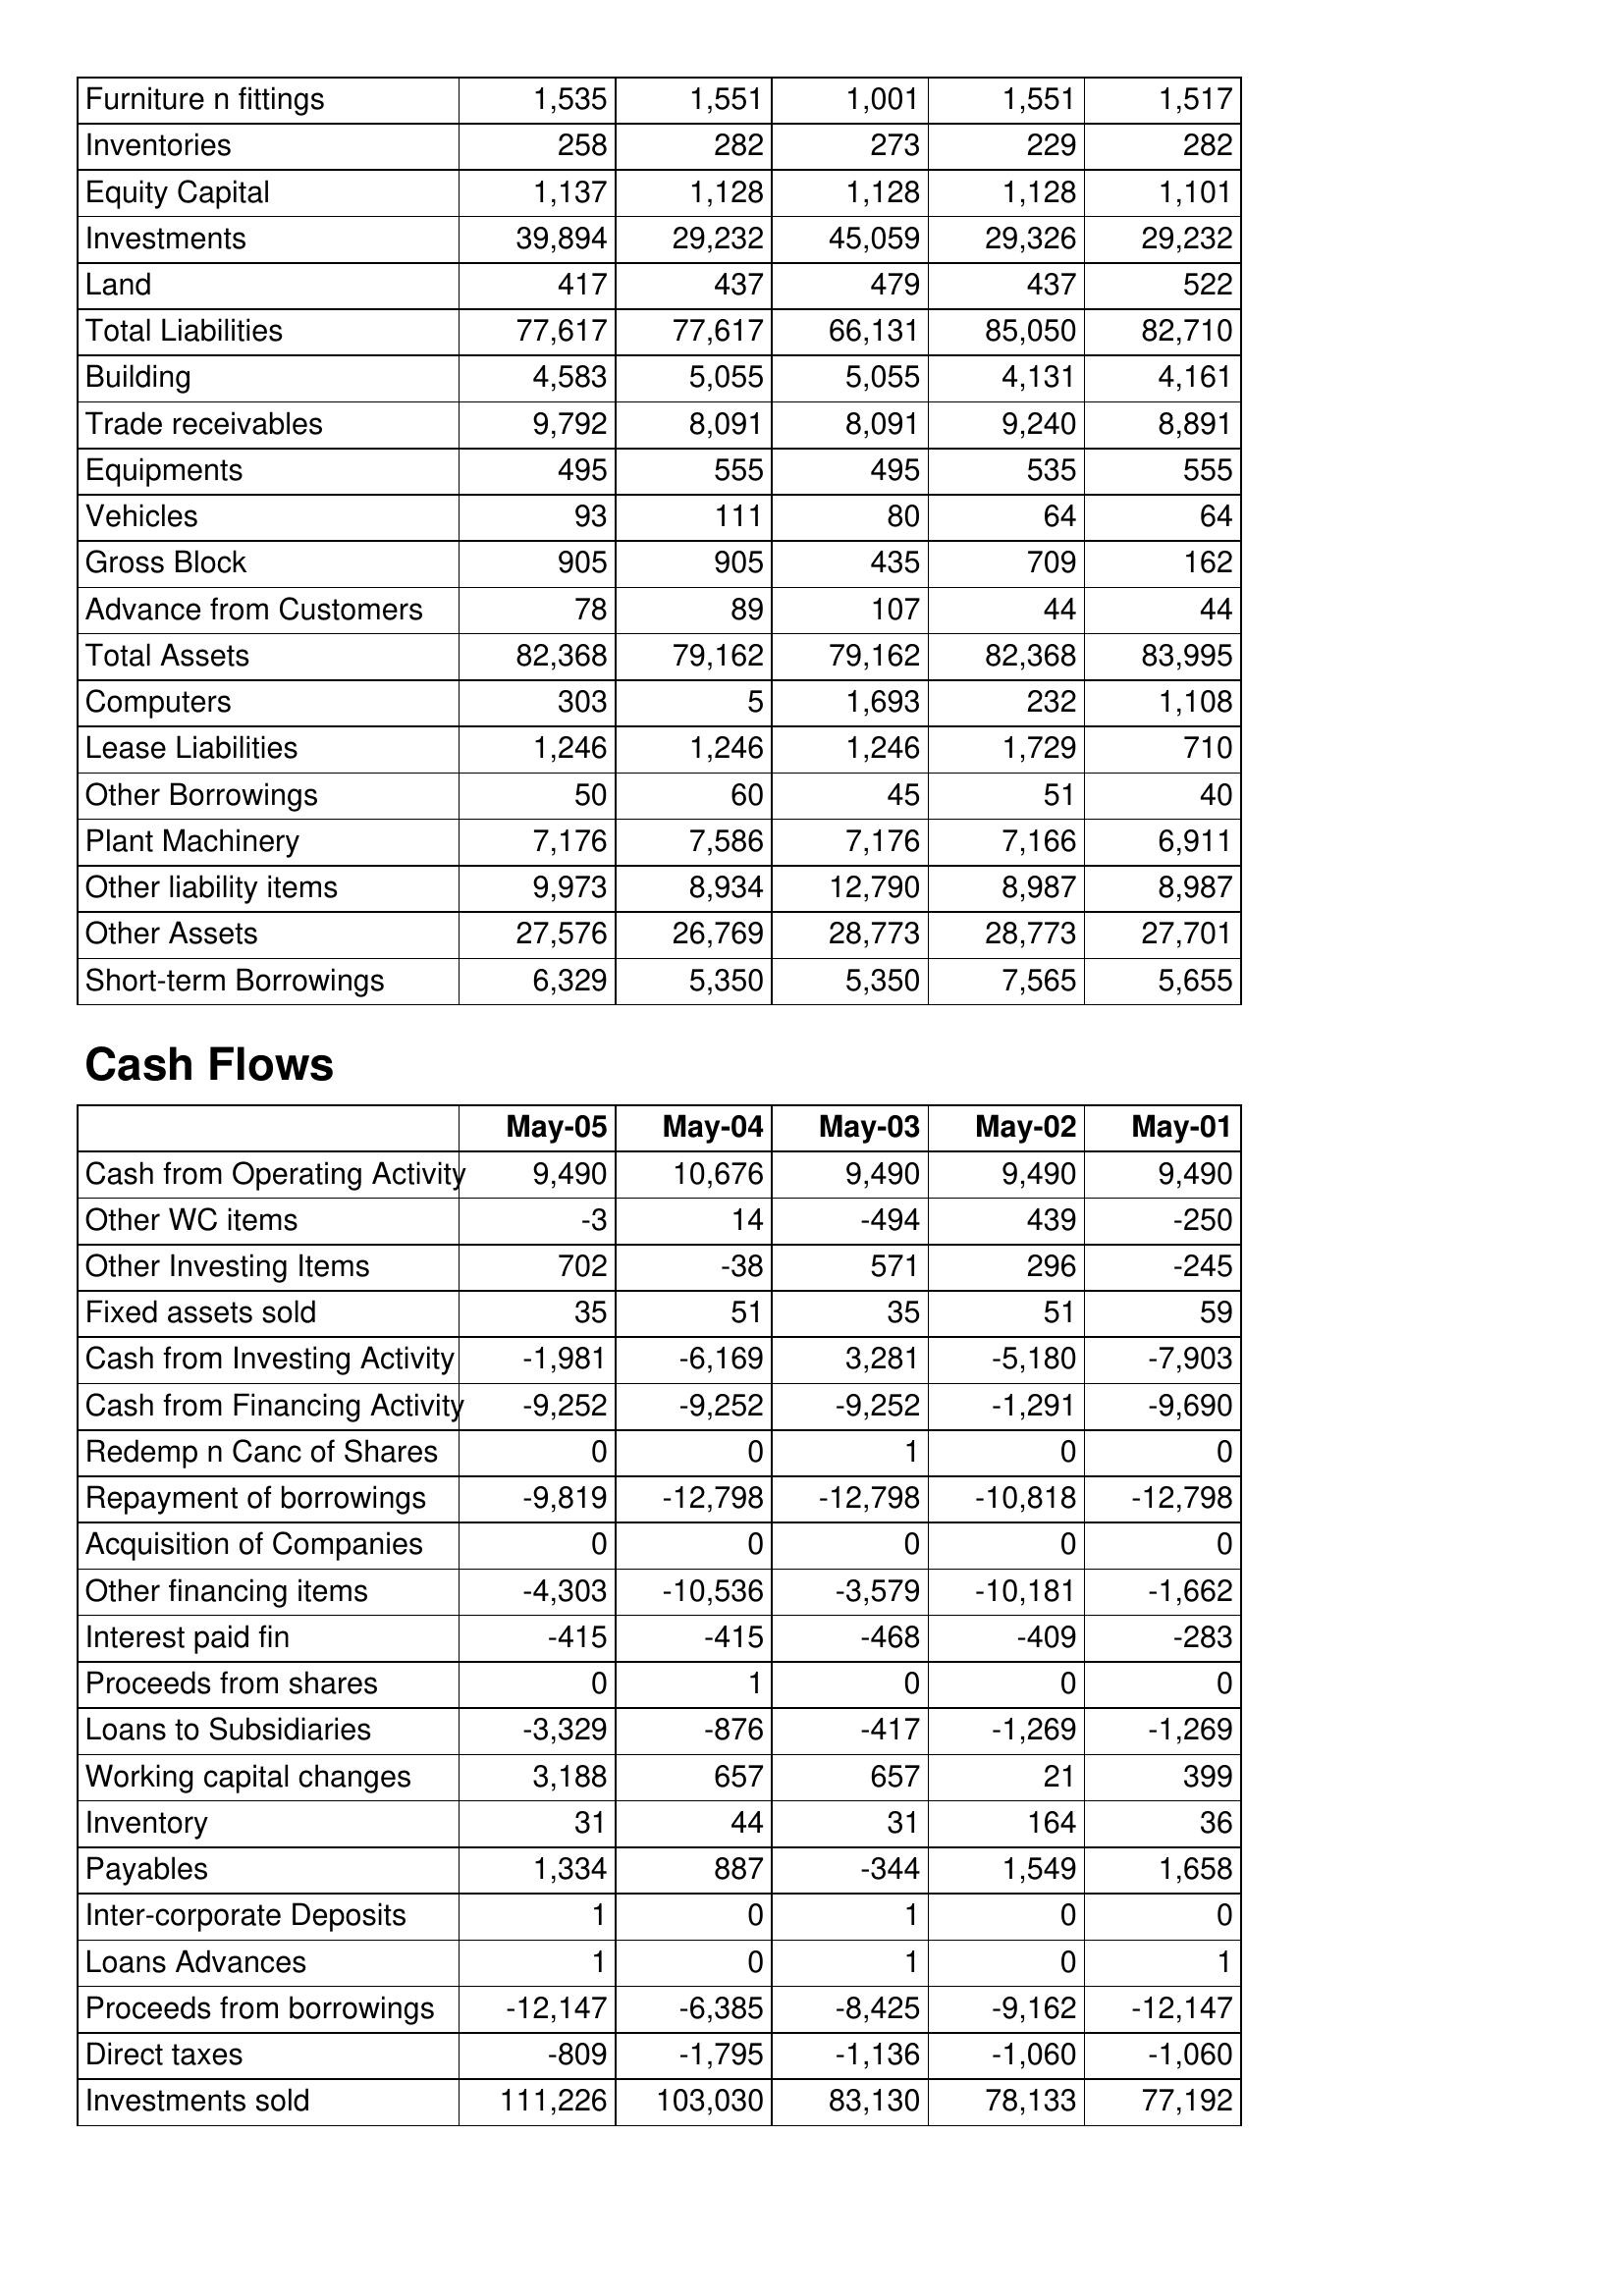
May-05: Balance Sheet: Furniture n fittings: 1,535
Inventories: 258
Equity Capital: 1,137
Investments: 39,894
Land: 417
Total Liabilities: 77,617
Building: 4,583
Trade receivables: 9,792
Equipments: 495
Vehicles: 93
Gross Block: 905
Advance from Customers: 78
Total Assets: 82,368
Computers: 303
Lease Liabilities: 1,246
Other Borrowings: 50
Plant Machinery: 7,176
Other liability items: 9,973
Other Assets: 27,576
Short-term Borrowings: 6,329
Cash Flows: Cash from Operating Activity: 9,490
Other WC items: -3
Other Investing Items: 702
Fixed assets sold: 35
Cash from Investing Activity: -1,981
Cash from Financing Activity: -9,252
Redemp n Canc of Shares: 0
Repayment of borrowings: -9,819
Acquisition of Companies: 0
Other financing items: -4,303
Interest paid fin: -415
Proceeds from shares: 0
Loans to Subsidiaries: -3,329
Working capital changes: 3,188
Inventory: 31
Payables: 1,334
Inter-corporate Deposits: 1
Loans Advances: 1
Proceeds from borrowings: -12,147
Direct taxes: -809
Investments sold: 111,226
May-04: Balance Sheet: Furniture n fittings: 1,551
Inventories: 282
Equity Capital: 1,128
Investments: 29,232
Land: 437
Total Liabilities: 77,617
Building: 5,055
Trade receivables: 8,091
Equipments: 555
Vehicles: 111
Gross Block: 905
Advance from Customers: 89
Total Assets: 79,162
Computers: 5
Lease Liabilities: 1,246
Other Borrowings: 60
Plant Machinery: 7,586
Other liability items: 8,934
Other Assets: 26,769
Short-term Borrowings: 5,350
Cash Flows: Cash from Operating Activity: 10,676
Other WC items: 14
Other Investing Items: -38
Fixed assets sold: 51
Cash from Investing Activity: -6,169
Cash from Financing Activity: -9,252
Redemp n Canc of Shares: 0
Repayment of borrowings: -12,798
Acquisition of Companies: 0
Other financing items: -10,536
Interest paid fin: -415
Proceeds from shares: 1
Loans to Subsidiaries: -876
Working capital changes: 657
Inventory: 44
Payables: 887
Inter-corporate Deposits: 0
Loans Advances: 0
Proceeds from borrowings: -6,385
Direct taxes: -1,795
Investments sold: 103,030
May-03: Balance Sheet: Furniture n fittings: 1,001
Inventories: 273
Equity Capital: 1,128
Investments: 45,059
Land: 479
Total Liabilities: 66,131
Building: 5,055
Trade receivables: 8,091
Equipments: 495
Vehicles: 80
Gross Block: 435
Advance from Customers: 107
Total Assets: 79,162
Computers: 1,693
Lease Liabilities: 1,246
Other Borrowings: 45
Plant Machinery: 7,176
Other liability items: 12,790
Other Assets: 28,773
Short-term Borrowings: 5,350
Cash Flows: Cash from Operating Activity: 9,490
Other WC items: -494
Other Investing Items: 571
Fixed assets sold: 35
Cash from Investing Activity: 3,281
Cash from Financing Activity: -9,252
Redemp n Canc of Shares: 1
Repayment of borrowings: -12,798
Acquisition of Companies: 0
Other financing items: -3,579
Interest paid fin: -468
Proceeds from shares: 0
Loans to Subsidiaries: -417
Working capital changes: 657
Inventory: 31
Payables: -344
Inter-corporate Deposits: 1
Loans Advances: 1
Proceeds from borrowings: -8,425
Direct taxes: -1,136
Investments sold: 83,130
May-02: Balance Sheet: Furniture n fittings: 1,551
Inventories: 229
Equity Capital: 1,128
Investments: 29,326
Land: 437
Total Liabilities: 85,050
Building: 4,131
Trade receivables: 9,240
Equipments: 535
Vehicles: 64
Gross Block: 709
Advance from Customers: 44
Total Assets: 82,368
Computers: 232
Lease Liabilities: 1,729
Other Borrowings: 51
Plant Machinery: 7,166
Other liability items: 8,987
Other Assets: 28,773
Short-term Borrowings: 7,565
Cash Flows: Cash from Operating Activity: 9,490
Other WC items: 439
Other Investing Items: 296
Fixed assets sold: 51
Cash from Investing Activity: -5,180
Cash from Financing Activity: -1,291
Redemp n Canc of Shares: 0
Repayment of borrowings: -10,818
Acquisition of Companies: 0
Other financing items: -10,181
Interest paid fin: -409
Proceeds from shares: 0
Loans to Subsidiaries: -1,269
Working capital changes: 21
Inventory: 164
Payables: 1,549
Inter-corporate Deposits: 0
Loans Advances: 0
Proceeds from borrowings: -9,162
Direct taxes: -1,060
Investments sold: 78,133
May-01: Balance Sheet: Furniture n fittings: 1,517
Inventories: 282
Equity Capital: 1,101
Investments: 29,232
Land: 522
Total Liabilities: 82,710
Building: 4,161
Trade receivables: 8,891
Equipments: 555
Vehicles: 64
Gross Block: 162
Advance from Customers: 44
Total Assets: 83,995
Computers: 1,108
Lease Liabilities: 710
Other Borrowings: 40
Plant Machinery: 6,911
Other liability items: 8,987
Other Assets: 27,701
Short-term Borrowings: 5,655
Cash Flows: Cash from Operating Activity: 9,490
Other WC items: -250
Other Investing Items: -245
Fixed assets sold: 59
Cash from Investing Activity: -7,903
Cash from Financing Activity: -9,690
Redemp n Canc of Shares: 0
Repayment of borrowings: -12,798
Acquisition of Companies: 0
Other financing items: -1,662
Interest paid fin: -283
Proceeds from shares: 0
Loans to Subsidiaries: -1,269
Working capital changes: 399
Inventory: 36
Payables: 1,658
Inter-corporate Deposits: 0
Loans Advances: 1
Proceeds from borrowings: -12,147
Direct taxes: -1,060
Investments sold: 77,192